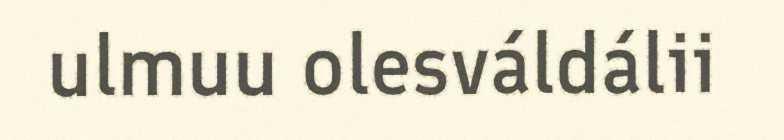
ulmuu olesváldálii